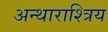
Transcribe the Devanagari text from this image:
अन्थाराश्त्रिय